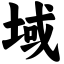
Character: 域